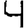
Digit: 4